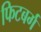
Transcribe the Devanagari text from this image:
फिटबर्ग